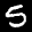
Label: 5